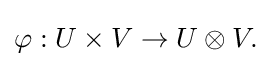
\varphi :U\times V\to U\otimes V.\